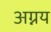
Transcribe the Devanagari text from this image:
अग्नय